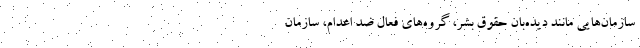
سازمان‌هایی مانند دیده‌بان حقوق بشر، گروه‌های فعال ضد اعدام، سازمان